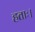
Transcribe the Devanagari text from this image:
हताः।